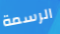
الرسمة